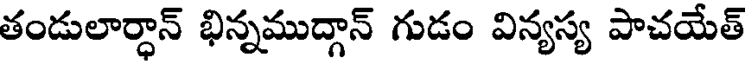
తండులార్ధాన్ భిన్నముద్గాన్ గుడం విన్యస్య పాచయేత్